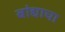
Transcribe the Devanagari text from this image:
बांद्याचा